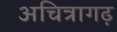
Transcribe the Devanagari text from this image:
अचित्रागढ़